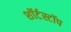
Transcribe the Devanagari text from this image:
शॉर्टस्टॉप